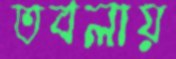
তবলায়